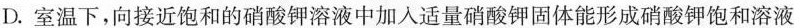
D.室温下，向接近饱和的硝酸钾溶液中加入适量硝酸钾固体能形成硝酸钾饱和溶液